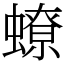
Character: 蟟